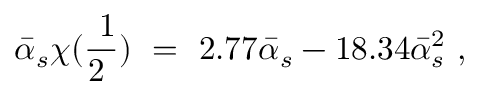
\bar { \alpha } _ { s } \chi ( \mathrm { \frac { ~ 1 } { 2 ~ } } ) \ = \ 2 . 7 7 \bar { \alpha } _ { s } - 1 8 . 3 4 \bar { \alpha } _ { s } ^ { 2 } \ ,